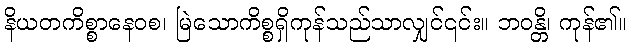
နိယတကိစ္စာနေဝစ၊ မြဲသောကိစ္စရှိကုန်သည်သာလျှင်၎င်း။ ဘဝန္တိ၊ ကုန်၏။